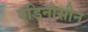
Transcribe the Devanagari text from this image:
एडिनोसीन